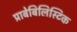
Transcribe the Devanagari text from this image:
प्राबेबिलिस्टिक